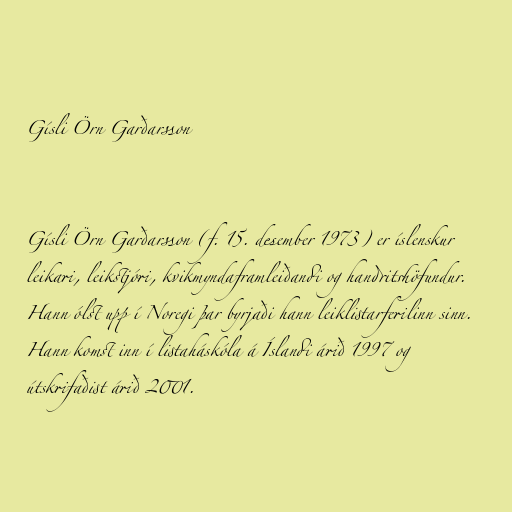
Gísli Örn Garðarsson

Gísli Örn Garðarsson (f. 15. desember 1973) er íslenskur
leikari, leikstjóri, kvikmyndaframleiðandi og handritshöfundur.
Hann ólst upp í Noregi þar byrjaði hann leiklistarferilinn sinn.
Hann komst inn í listaháskóla á Íslandi árið 1997 og
útskrifaðist árið 2001.